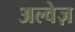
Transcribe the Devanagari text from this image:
अल्वेज़